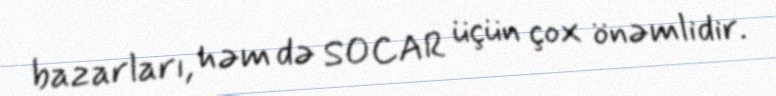
bazarları, həm də SOCAR üçün çox önəmlidir.